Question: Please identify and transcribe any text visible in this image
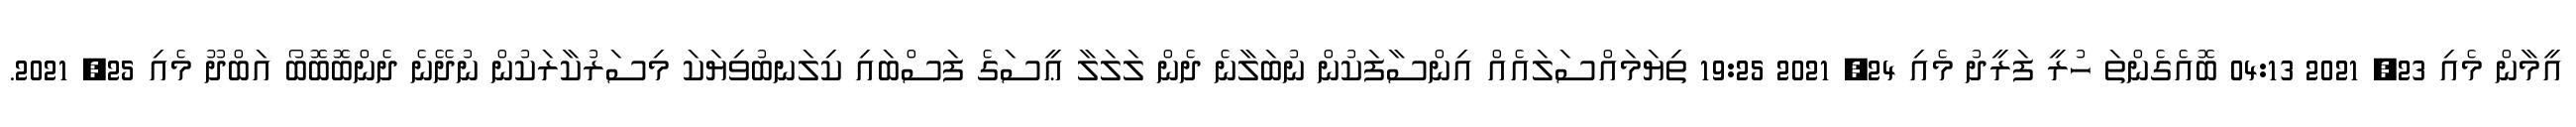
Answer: އީމާން މެއި 23, 2021 04:13 ބޮއެގެންތަ ހުރީ ފަރީދު މެއި 24, 2021 19:25 ތިޔަމައްސަލައެއް އިންސާފަކުން ނުބަލާނެ ދެން ލަލަލާ ޢީސަގެ ފަސްބައި ކިލަނބުވިޔަކަ މިސަރުކާރަކުން ނުދޭނެ ދެންބޮބޮބޯ އަބްދޫ މެއި 25, 2021.